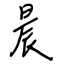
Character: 晨